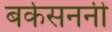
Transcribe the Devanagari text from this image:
बर्कसननी